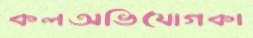
কলঅভিযোগকা